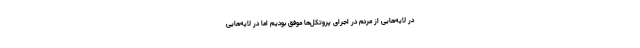
در لایه‌هایی از مردم در اجرای پروتکل‌ها موفق بودیم اما در لایه‌هایی